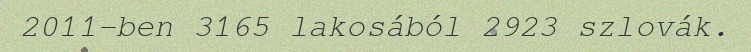
2011-ben 3165 lakosából 2923 szlovák.